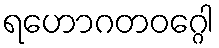
ရဟောဂတဝဂ္ဂေါ